Civil Veterinary Dept. Bombay admin report 1914-1922 - 1914-1922
Year: 1914
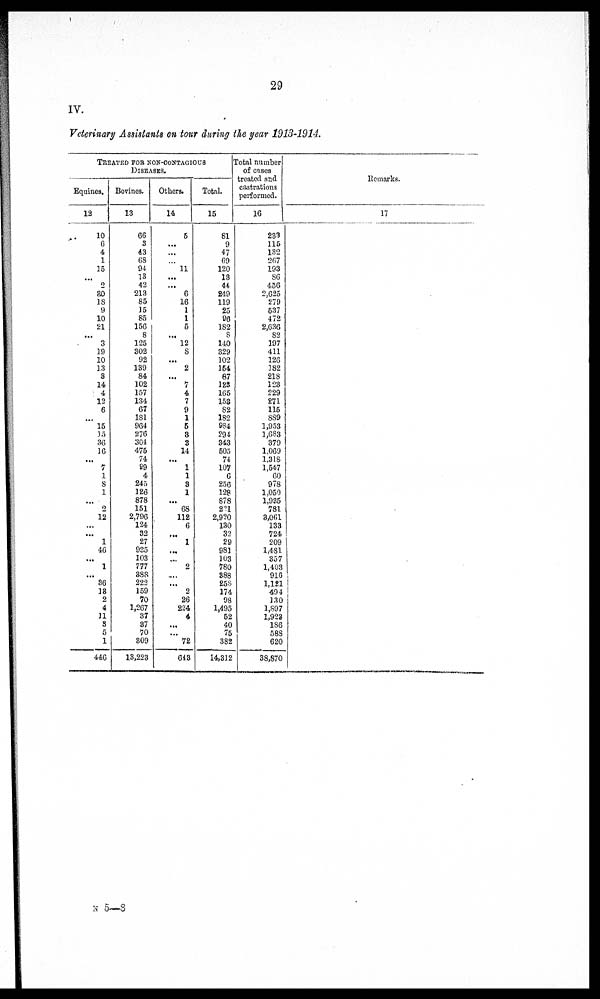
29
IV.
Veterinary Assistants on tour during the year 1913-1914.
TREATED FOR NON CONTAGIOUS
DISEASES.
Equines.
12
10
6
4
1
15
...
2
30
18
9
10
21
...
3
19
10
3.3
3
14
4
12
6
...
15
15
36
16
...
7
1
8
1
...
2
12
...
...
1
46
...
1
...
36
18
2
4
11
8
5
1
446
Bovines.
13
66
3
43
68
94
13
42
213
85
15
85
156
8
125
302
92
139
84
102
157
134
67
181
964
276
304
475
74
99
4
245
126
878
151
2,796
124
32
27
935
103
777
388
222
159
70
1,267
37
37
70
809
13,223
Others.
14
5
...
...
...
11
...
...
6
16
1
1
5
...
12
8
...
2
...
7
4
7
9
1
5
8
3
14
...
1
1
3
1
...
68
112
6
...
1
...
...
2
...
...
2
26
224
4
...
...
72
643
Total.
15
81
9
47
69
120
13
44
249
119
25
96
182
8
140
329
102
154
87
123
165
153
82
182
984
294
343
505
74
107
6
256
128
878
221
2,920
130
32
29
981
103
780
388
258
174
98
1,495
52
40
75
382
14,312
Total number
of cases
treated and
castrations
performed.
16
233
115
182
267
193
86
456
2,625
279
537
472
2,636
82
197
411
126
182
218
123
229
271
115
889
1,953
1,683
379
1,069
1,318
1,547
60
978
1,050
1,935
781
8,061
133
724
209
1,481
357
1,403
916
1,121
494
130
1,897
1,923
186
588
620
38,870
Remarks.
17
N 5—8